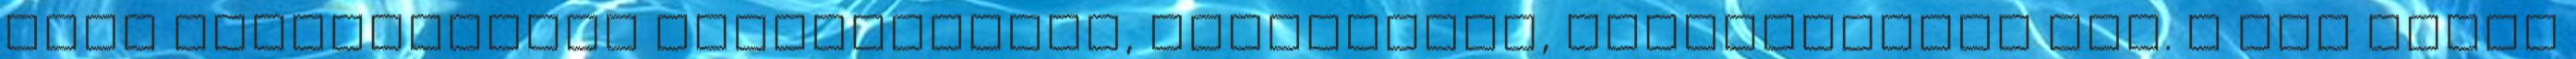
való hivatkozások oldalszámmal, fejezettel, kötetszámmal stb. a ref tagok